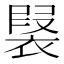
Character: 𧛣